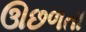
ઊછળતા